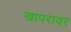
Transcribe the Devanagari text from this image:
खापरावर